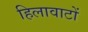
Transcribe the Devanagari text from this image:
हिलावाटों